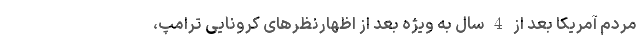
مردم آمریکا بعد از 4 سال به ویژه بعد از اظهارنظرهای کرونایی ترامپ،